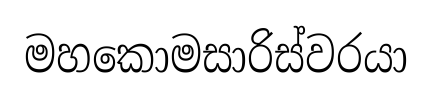
මහකොමසාරිස්වරයා